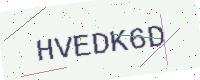
Text: HVEDK6D